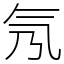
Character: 氖